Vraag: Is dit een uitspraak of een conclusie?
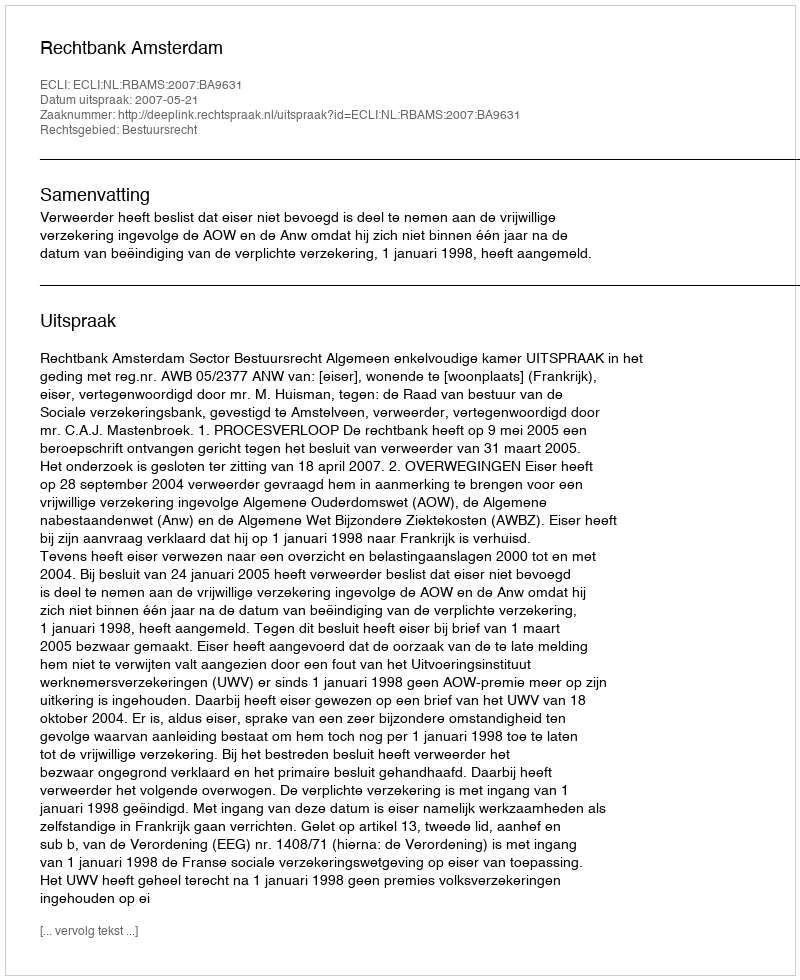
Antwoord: Uitspraak